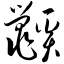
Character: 鼷